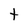
Character: t